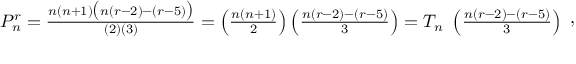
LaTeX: { \begin{array} { r } { P _ { n } ^ { r } = { \frac { n ( n + 1 ) { \bigl ( } n ( r - 2 ) - ( r - 5 ) { \bigr ) } } { ( 2 ) ( 3 ) } } = \left( { \frac { n ( n + 1 ) } { 2 } } \right) \left( { \frac { n ( r - 2 ) - ( r - 5 ) } { 3 } } \right) = T _ { n } \ \left( { \frac { n ( r - 2 ) - ( r - 5 ) } { 3 } } \right) } \end{array} } ,